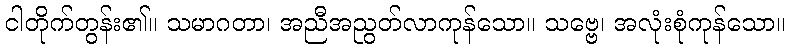
ငါတိုက်တွန်း၏။ သမာဂတာ၊ အညီအညွတ်လာကုန်သော။ သဗ္ဗေ၊ အလုံးစုံကုန်သော။